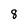
Character: 8